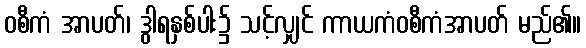
ဝစီကံ အာပတ်၊ ဒွါရနှစ်ပါး၌ သင့်လျှင် ကာယကံဝစီကံအာပတ် မည်၏။